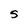
Character: S